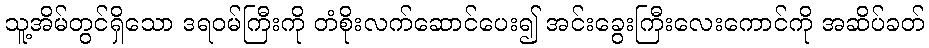
သူ့အိမ်တွင်ရှိသော ဒရဝမ်ကြီးကို တံစိုးလက်ဆောင်ပေး၍ အင်းခွေးကြီးလေးကောင်ကို အဆိပ်ခတ်